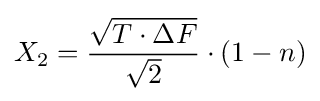
X_{2}={\frac {\sqrt {T\cdot \Delta F}}{\sqrt {2}}}\cdot (1-n)